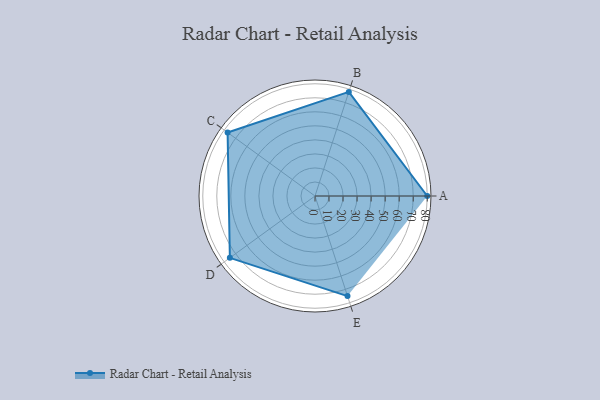
{"axis": {"x": "Skill", "y": "Score"}, "legend": ["Profile"], "data": [{"x": "A", "y": 80.0, "type": "Profile"}, {"x": "B", "y": 78.0, "type": "Profile"}, {"x": "C", "y": 77.0, "type": "Profile"}, {"x": "D", "y": 75.0, "type": "Profile"}, {"x": "E", "y": 75.0, "type": "Profile"}]}